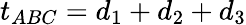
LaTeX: t_{ABC}=d_{1}+d_{2}+d_{3}